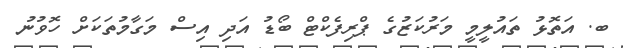
ބ. އަތޮޅު ތައުލީމީ މަރުކަޒުގެ ޕްރިފެކްޓް ބޯޑު އަދި އިސް މަގާމުތަކަށް ހޮވުނު